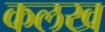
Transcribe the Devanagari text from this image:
कलख